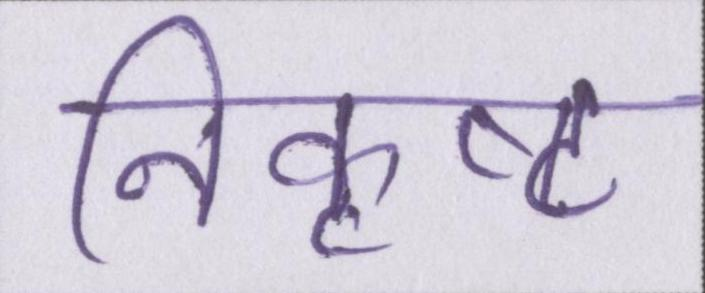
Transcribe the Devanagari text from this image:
निकृष्ट